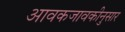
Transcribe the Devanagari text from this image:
आवकजावकीनुसार